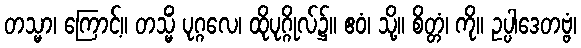
တသ္မာ၊ ကြောင့်။ တသ္မိံ ပုဂ္ဂလေ၊ ထိုပုဂ္ဂိုလ်၌။ ဧဝံ၊ သို့။ စိတ္တံ၊ ကို။ ဥပ္ပါဒေတဗ္ဗံ၊